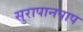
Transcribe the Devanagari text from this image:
सुरापानपाप